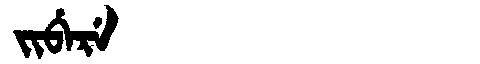
Manchu: ᠵᡳᠪᡝᡵᡝ
Romanization: JIBERE